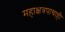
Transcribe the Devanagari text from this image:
महाक्षत्रपाचाही